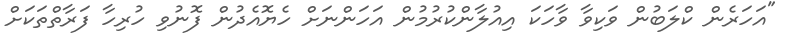
"އަހަރެން ކްލަބުން ވަކިވާ ވާހަކަ އިއުލާންކުރުމުން އަހަންނަށް ހެޔޮއެދުން ފޮނުވި ހުރިހާ ފަރާތްތަކަށް